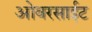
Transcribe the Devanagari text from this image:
ओवरसाईट